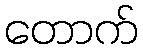
တောက်